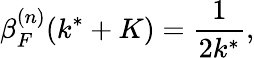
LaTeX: \beta_{F}^{(n)}(k^{*}+K)=\frac{1}{2k^{*}},